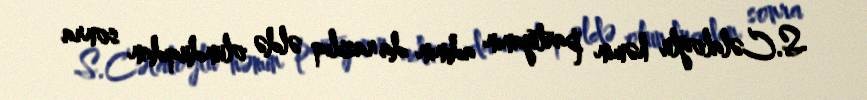
S.Cəlaloğlu həmin partiyanın adının da razılıq əldə olunduqdan sonra